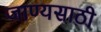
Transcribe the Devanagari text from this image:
जाण्यसाठी